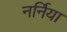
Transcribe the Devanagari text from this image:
नर्निया